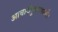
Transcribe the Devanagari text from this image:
आचार्यकुलवासी।